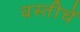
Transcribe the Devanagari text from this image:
वस्तीचें